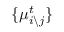
\{ \mu _ { i \backslash j } ^ { t } \}